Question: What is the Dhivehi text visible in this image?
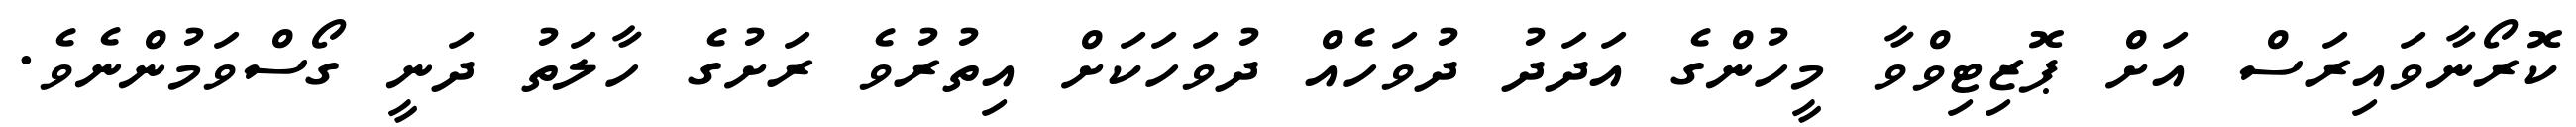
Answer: ކޮރޯނާވައިރަސް އަށް ޕޮޒިޓިވްވާ މީހުންގެ އަދަދު ދުވަހެއް ދުވަހަކަށް އިތުރުވެ ރަށުގެ ހާލަތު ދަނީ ގޯސްވަމުންނެވެ.